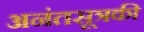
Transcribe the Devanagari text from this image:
अनंतसूत्रकी